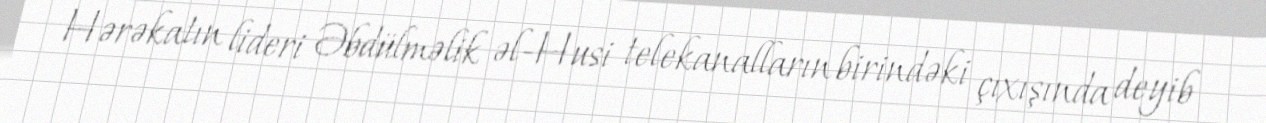
Hərəkatın lideri Əbdülməlik əl-Husi telekanalların birindəki çıxışında deyib